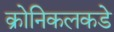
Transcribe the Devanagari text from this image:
क्रोनिकलकडे